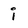
Character: i